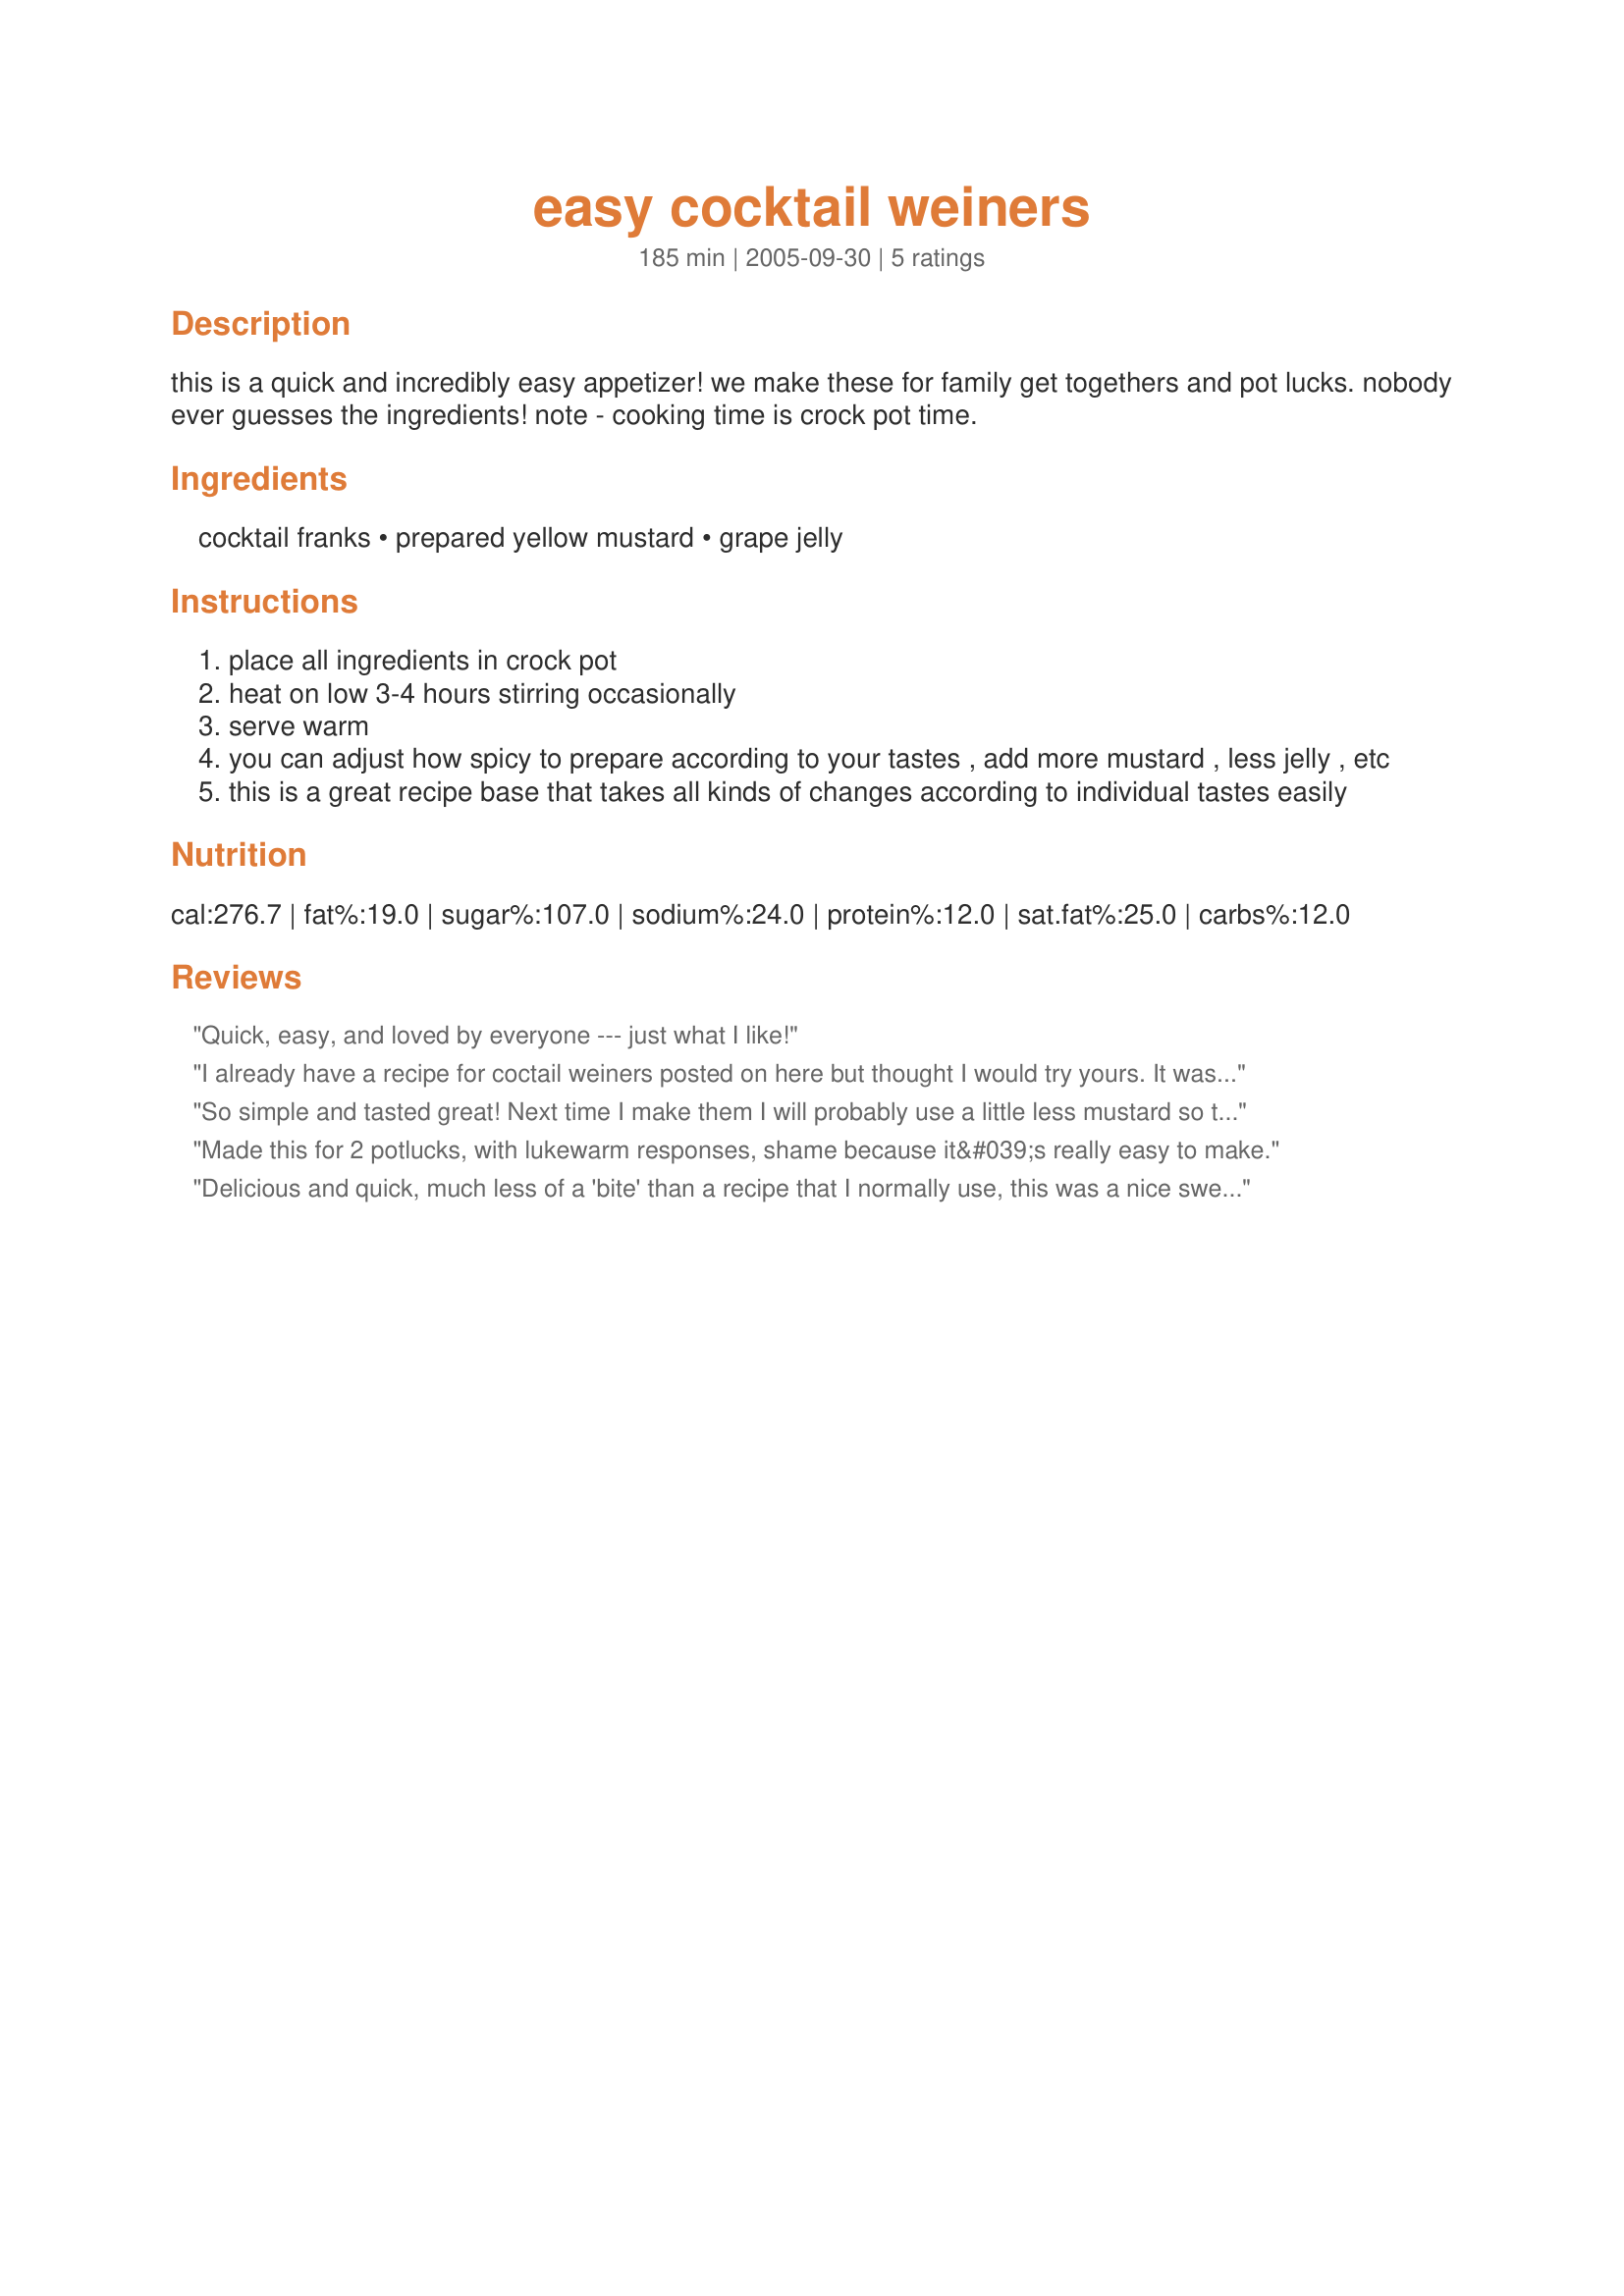
easy cocktail weiners
Preparation time: 185 minutes

this is a quick and incredibly easy appetizer! we make these for family get togethers and pot lucks. nobody ever guesses the ingredients! note - cooking time is crock pot time.

Ingredients:
cocktail franks, prepared yellow mustard, grape jelly

Steps:
place all ingredients in crock pot
heat on low 3-4 hours stirring occasionally
serve warm
you can adjust how spicy to prepare according to your tastes , add more mustard , less jelly , etc
this is a great recipe base that takes all kinds of changes according to individual tastes easily

Reviews:
Quick, easy, and loved by everyone --- just what I like!
I already have a recipe for coctail weiners posted on here but thought I would try yours. It was great and I loved the fact that the almost same taste is still there but with less ingredients. My guests couldn't get over the fact that it has grape jelly in it. Thanks for posting a great recipe that is so easy to prepare.
So simple and tasted great! Next time I make them I will probably use a little less mustard so they are a bit sweeter. But everyone loved them, even people who don't like mustard!
Made this for 2 potlucks, with lukewarm responses, shame because it&#039;s really easy to make.
Delicious and quick, much less of a 'bite' than a recipe that I normally use, this was a nice sweeter version.
Thanks CindiJ!
